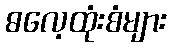
ဓလေ့ထုံးစံများ